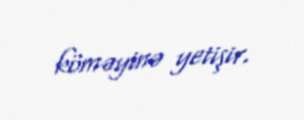
köməyinə yetişir.